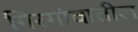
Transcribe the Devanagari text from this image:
गिरगांवातील